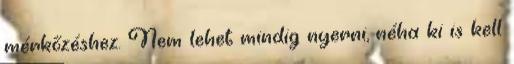
mérkőzéshez. Nem lehet mindig nyerni, néha ki is kell